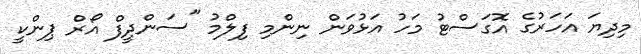
މިދިޔަ އަހަރުގެ އޮގަސްޓު މަހު އަޅުވަން ނިންމި ފިލްމު "ސަންދީފް އޯރް ޕިންކީ